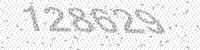
Solution: 128629